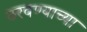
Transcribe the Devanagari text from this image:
ठरवण्याच्या